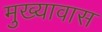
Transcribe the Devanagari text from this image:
मुख्यावास